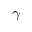
\gamma